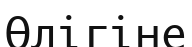
Өлігіне